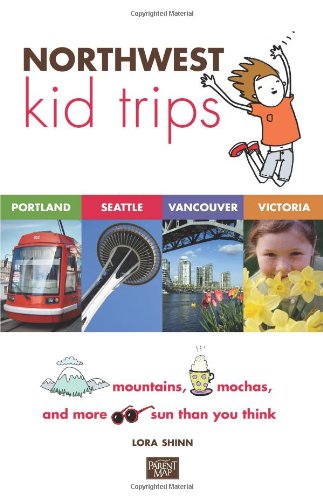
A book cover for Northwest Kid Trips: Portland, Seattle, Victoria, Vancouver; Lora Shinn; Travel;